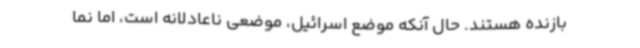
بازنده هستند. حال آنکه موضع اسرائیل، موضعی ناعادلانه است، اما نما